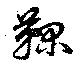
鞠